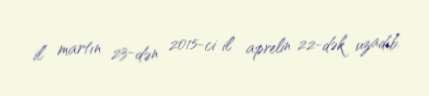
il martın 23-dən 2015-ci il aprelin 22-dək uzadıb.